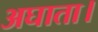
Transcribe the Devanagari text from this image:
अघाता।